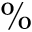
\%